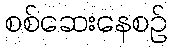
စစ်ဆေးနေစဉ်